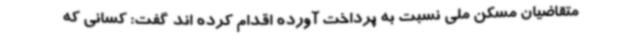
متقاضیان مسکن ملی نسبت به پرداخت آورده اقدام کرده اند گفت: کسانی که